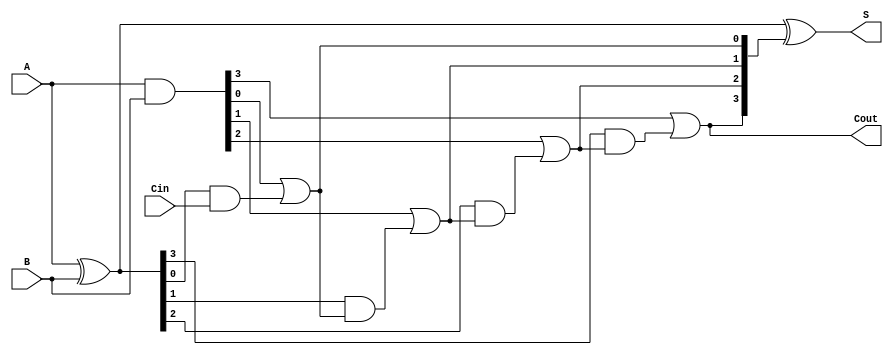
module ling_adder #(parameter N = 4) (
    input  wire [N-1:0] A,      // First n-bit input
    input  wire [N-1:0] B,      // Second n-bit input
    input  wire Cin,             // Carry-in
    output wire [N-1:0] S,       // n-bit sum output
    output wire Cout             // Carry-out
);

    wire [N-1:0] G;             // Generate signals
    wire [N-1:0] P;             // Propagate signals
    wire [N:0] C;               // Carry signals (C[0] = Cin)

    // Generate and Propagate calculations
    assign G = A & B;           // G[i] = A[i] AND B[i]
    assign P = A ^ B;           // P[i] = A[i] XOR B[i]

    // Carry calculations
    assign C[0] = Cin;          // C[0] = Cin
    genvar i;
    generate
        for (i = 0; i < N; i = i + 1) begin : carry_calculation
            assign C[i+1] = G[i] | (P[i] & C[i]); // C[i+1] = G[i] + (P[i] * C[i])
        end
    endgenerate

    // Sum calculations
    assign S = P ^ C[N:1];      // S[i] = P[i] XOR C[i+1]

    // Carry-out
    assign Cout = C[N];         // Cout = C[N]

endmodule